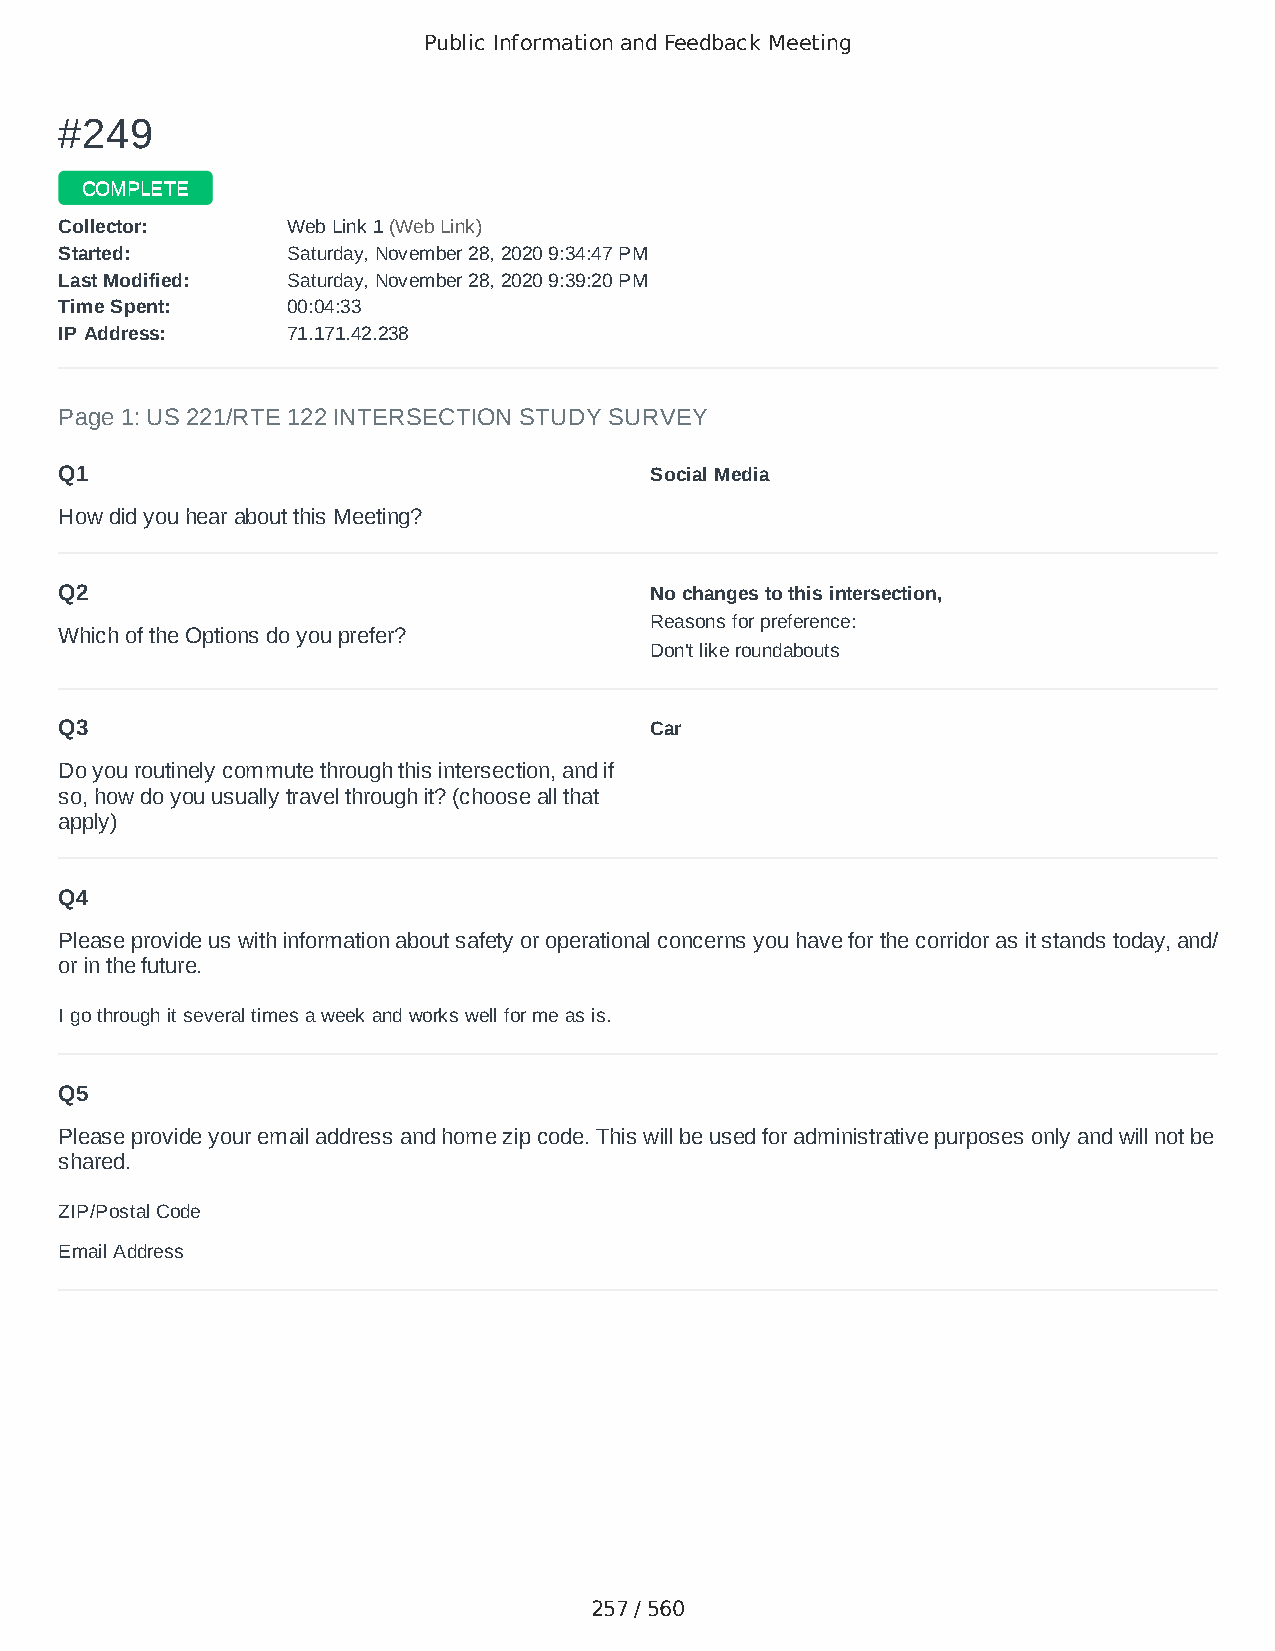
Public Information and Feedback Meeting
 ##224499
 CCOOMMPPLLEETTEE
 CCoolllleeccttoorr:: WWeebb LLiinnkk 11 ((WWeebb LLiinnkk))
 SSttaarrtteedd:: SSaattuurrddaayy,, NNoovveemmbbeerr 2288,, 22002200 99::3344::4477 PPMM
 LLaasstt MMooddiiffiieedd:: SSaattuurrddaayy,, NNoovveemmbbeerr 2288,, 22002200 99::3399::2200 PPMM
 TTiimmee SSppeenntt:: 0000::0044::3333
 IIPP AAddddrreessss:: 7711..117711..4422..223388
 Page 1: US 221/RTE 122 INTERSECTION STUDY SURVEY
 Q1                                     Social Media
 How did you hear about this Meeting?
 Q2                                     No changes to this intersection,
 Reasons for preference:
 Which of the Options do you prefer?
 Don't like roundabouts
 Q3                                     Car
 Do you routinely commute through this intersection, and if
 so, how do you usually travel through it? (choose all that
 apply)
 Q4
 Please provide us with information about safety or operational concerns you have for the corridor as it stands today, and/
 or in the future.
 I go through it several times a week and works well for me as is.
 Q5
 Please provide your email address and home zip code. This will be used for administrative purposes only and will not be
 shared.
 ZIP/Postal Code                        24523
 Email Address                          dhwcnw@gmail.com
 257 / 560